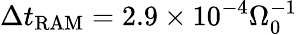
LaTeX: \Delta t_{\mathrm{RAM}}=2.9\times 10^{-4}\Omega_{0}^{-1}